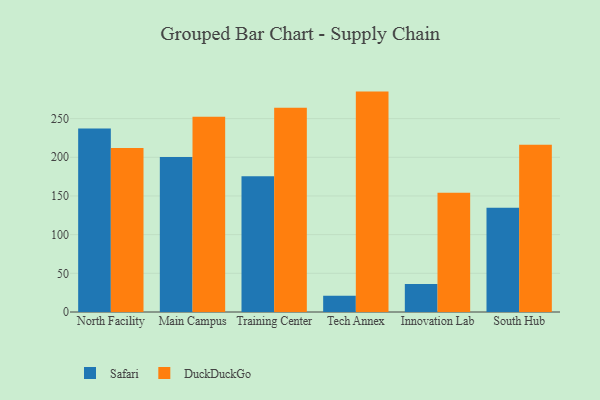
{"axis": {"x": "Campus", "y": "Operating Costs (USD K)"}, "legend": ["DuckDuckGo", "Safari"], "data": [{"x": "North Facility", "y": 237.2, "type": "Safari"}, {"x": "North Facility", "y": 212.0, "type": "DuckDuckGo"}, {"x": "Main Campus", "y": 200.2, "type": "Safari"}, {"x": "Main Campus", "y": 252.4, "type": "DuckDuckGo"}, {"x": "Training Center", "y": 175.5, "type": "Safari"}, {"x": "Training Center", "y": 264.1, "type": "DuckDuckGo"}, {"x": "Tech Annex", "y": 21.0, "type": "Safari"}, {"x": "Tech Annex", "y": 284.9, "type": "DuckDuckGo"}, {"x": "Innovation Lab", "y": 36.1, "type": "Safari"}, {"x": "Innovation Lab", "y": 154.0, "type": "DuckDuckGo"}, {"x": "South Hub", "y": 134.9, "type": "Safari"}, {"x": "South Hub", "y": 216.2, "type": "DuckDuckGo"}]}